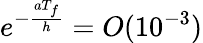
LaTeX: e^{-\frac{aT_{f}}{h}}=O(10^{-3})